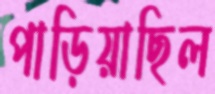
পাড়িয়াছিল